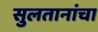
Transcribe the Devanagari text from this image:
सुलतानांचा